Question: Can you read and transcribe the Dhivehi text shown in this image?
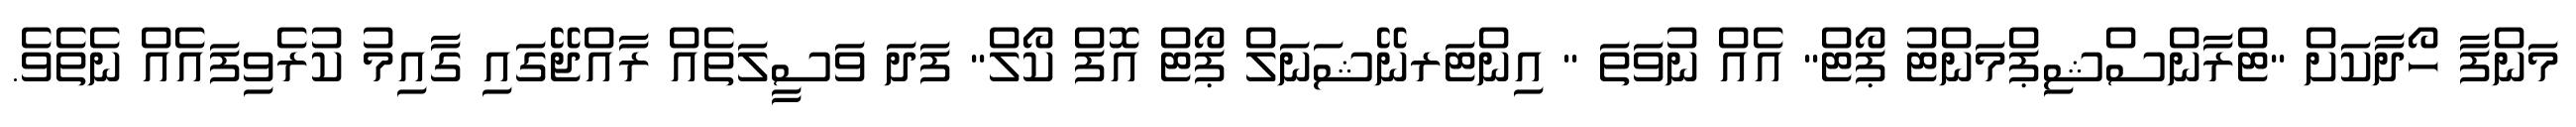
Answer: މަންފާ ހޯދާކަށް "ޓްރާންސްޝިޕްމަންޓު ޕޯޓް" އެއް ނުވަތަ " އިންޓަރނޭޝަނަލް ޕޯޓް އޮފް ކޯލް" ފަދަ ވަސީލަތެއް ރާއްޖޭގައި ގާއިމު ކުރެވިފައެއް ނެތެވެ.